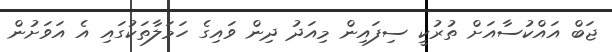
ޖަބް އައްކުސާއަށް ތުރުކީ ސިފައިން މިއަދު ދިން ވައިގެ ހަމަލާތަކުގައި އެ އަވަށުން